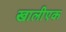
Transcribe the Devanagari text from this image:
खालीएक